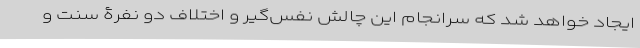
ایجاد خواهد شد که سرانجام این چالش نفس‌گیر و اختلاف دو نفرۀ سنت و